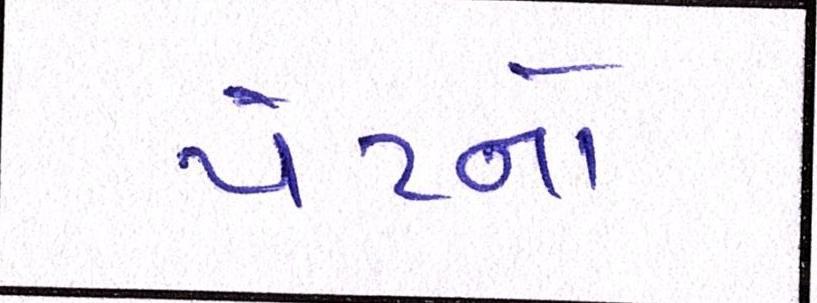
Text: પેટનો